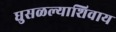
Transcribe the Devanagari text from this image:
घुसळल्याशिवाय